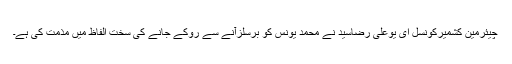
چیئرمین کشمیرکونسل ای یوعلی رضاسید نے محمد یونس کو برسلزآنے سے روکے جانے کی سخت الفاظ میں مذمت کی ہے۔